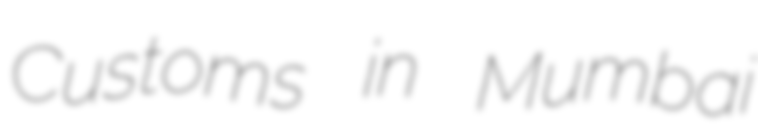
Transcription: Customs in Mumbai